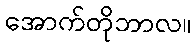
အောက်တိုဘာလ။